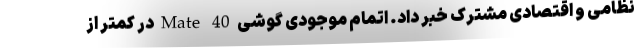
نظامی و اقتصادی مشترک خبر داد. اتمام موجودی گوشی Mate 40 در کمتر از